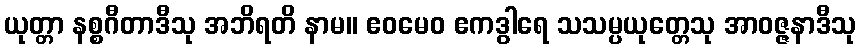
ယုတ္တာ နစ္စဂီတာဒီသု အဘိရတိ နာမ။ ဧဝမေဝ ဧကဒွါရေ သသမ္ပယုတ္တေသု အာဝဇ္ဇနာဒီသု